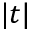
| t |